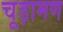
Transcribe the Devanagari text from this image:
चूड़ामण